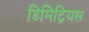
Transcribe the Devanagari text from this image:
डिमिट्रियस